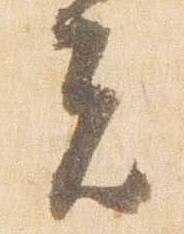
者